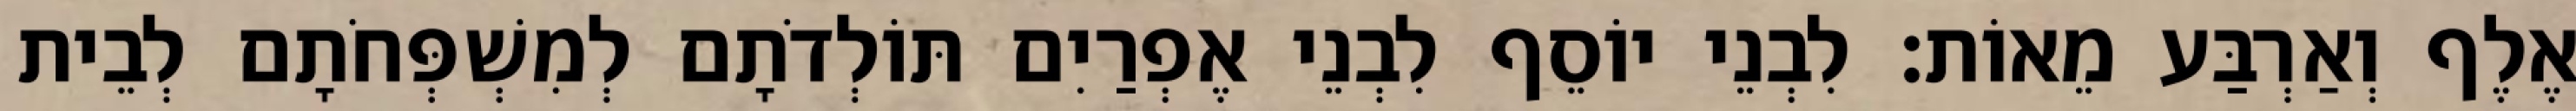
אֶלֶף וְאַרְבַּע מֵאוֹת׃ לִבְנֵי יוֹסֵף לִבְנֵי אֶפְרַיִם תּוֹלְדֹתָם לְמִשְׁפְּחֹתָם לְבֵית